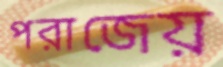
পরাজেয়